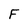
Character: F